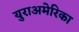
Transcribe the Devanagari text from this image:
युराअमेरिका